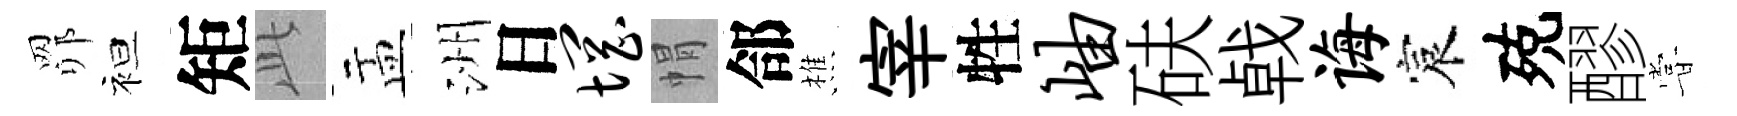
𦊑袒矩𬼘盂洲日惘㡌郃樵宰牲岫砆㦸诲宸殑醪甞